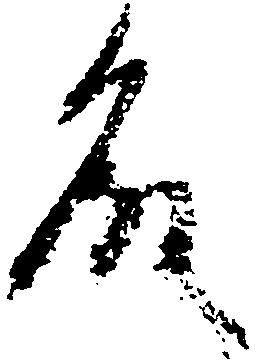
殿